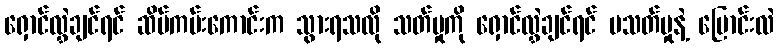
ရှောင်လွှဲချင်ရင် ဆိပ်ကမ်းကောင်းက သွားရသလို သတ်မှုကို ရှောင်လွှဲချင်ရင် မသတ်မှုနဲ့ ပြောင်းလဲ